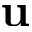
{ \bf u }